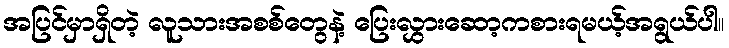
အပြင်မှာရှိတဲ့ လူသားအစစ်တွေနဲ့ ပြေးလွှားဆော့ကစားရမယ့်အရွယ်ပါ။